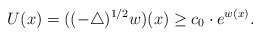
\begin{align*}U(x)=((-\triangle)^{1/2}w)(x)\geq c_0\cdot e^{w(x)}.\end{align*}